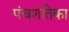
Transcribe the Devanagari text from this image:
पंचशतिका